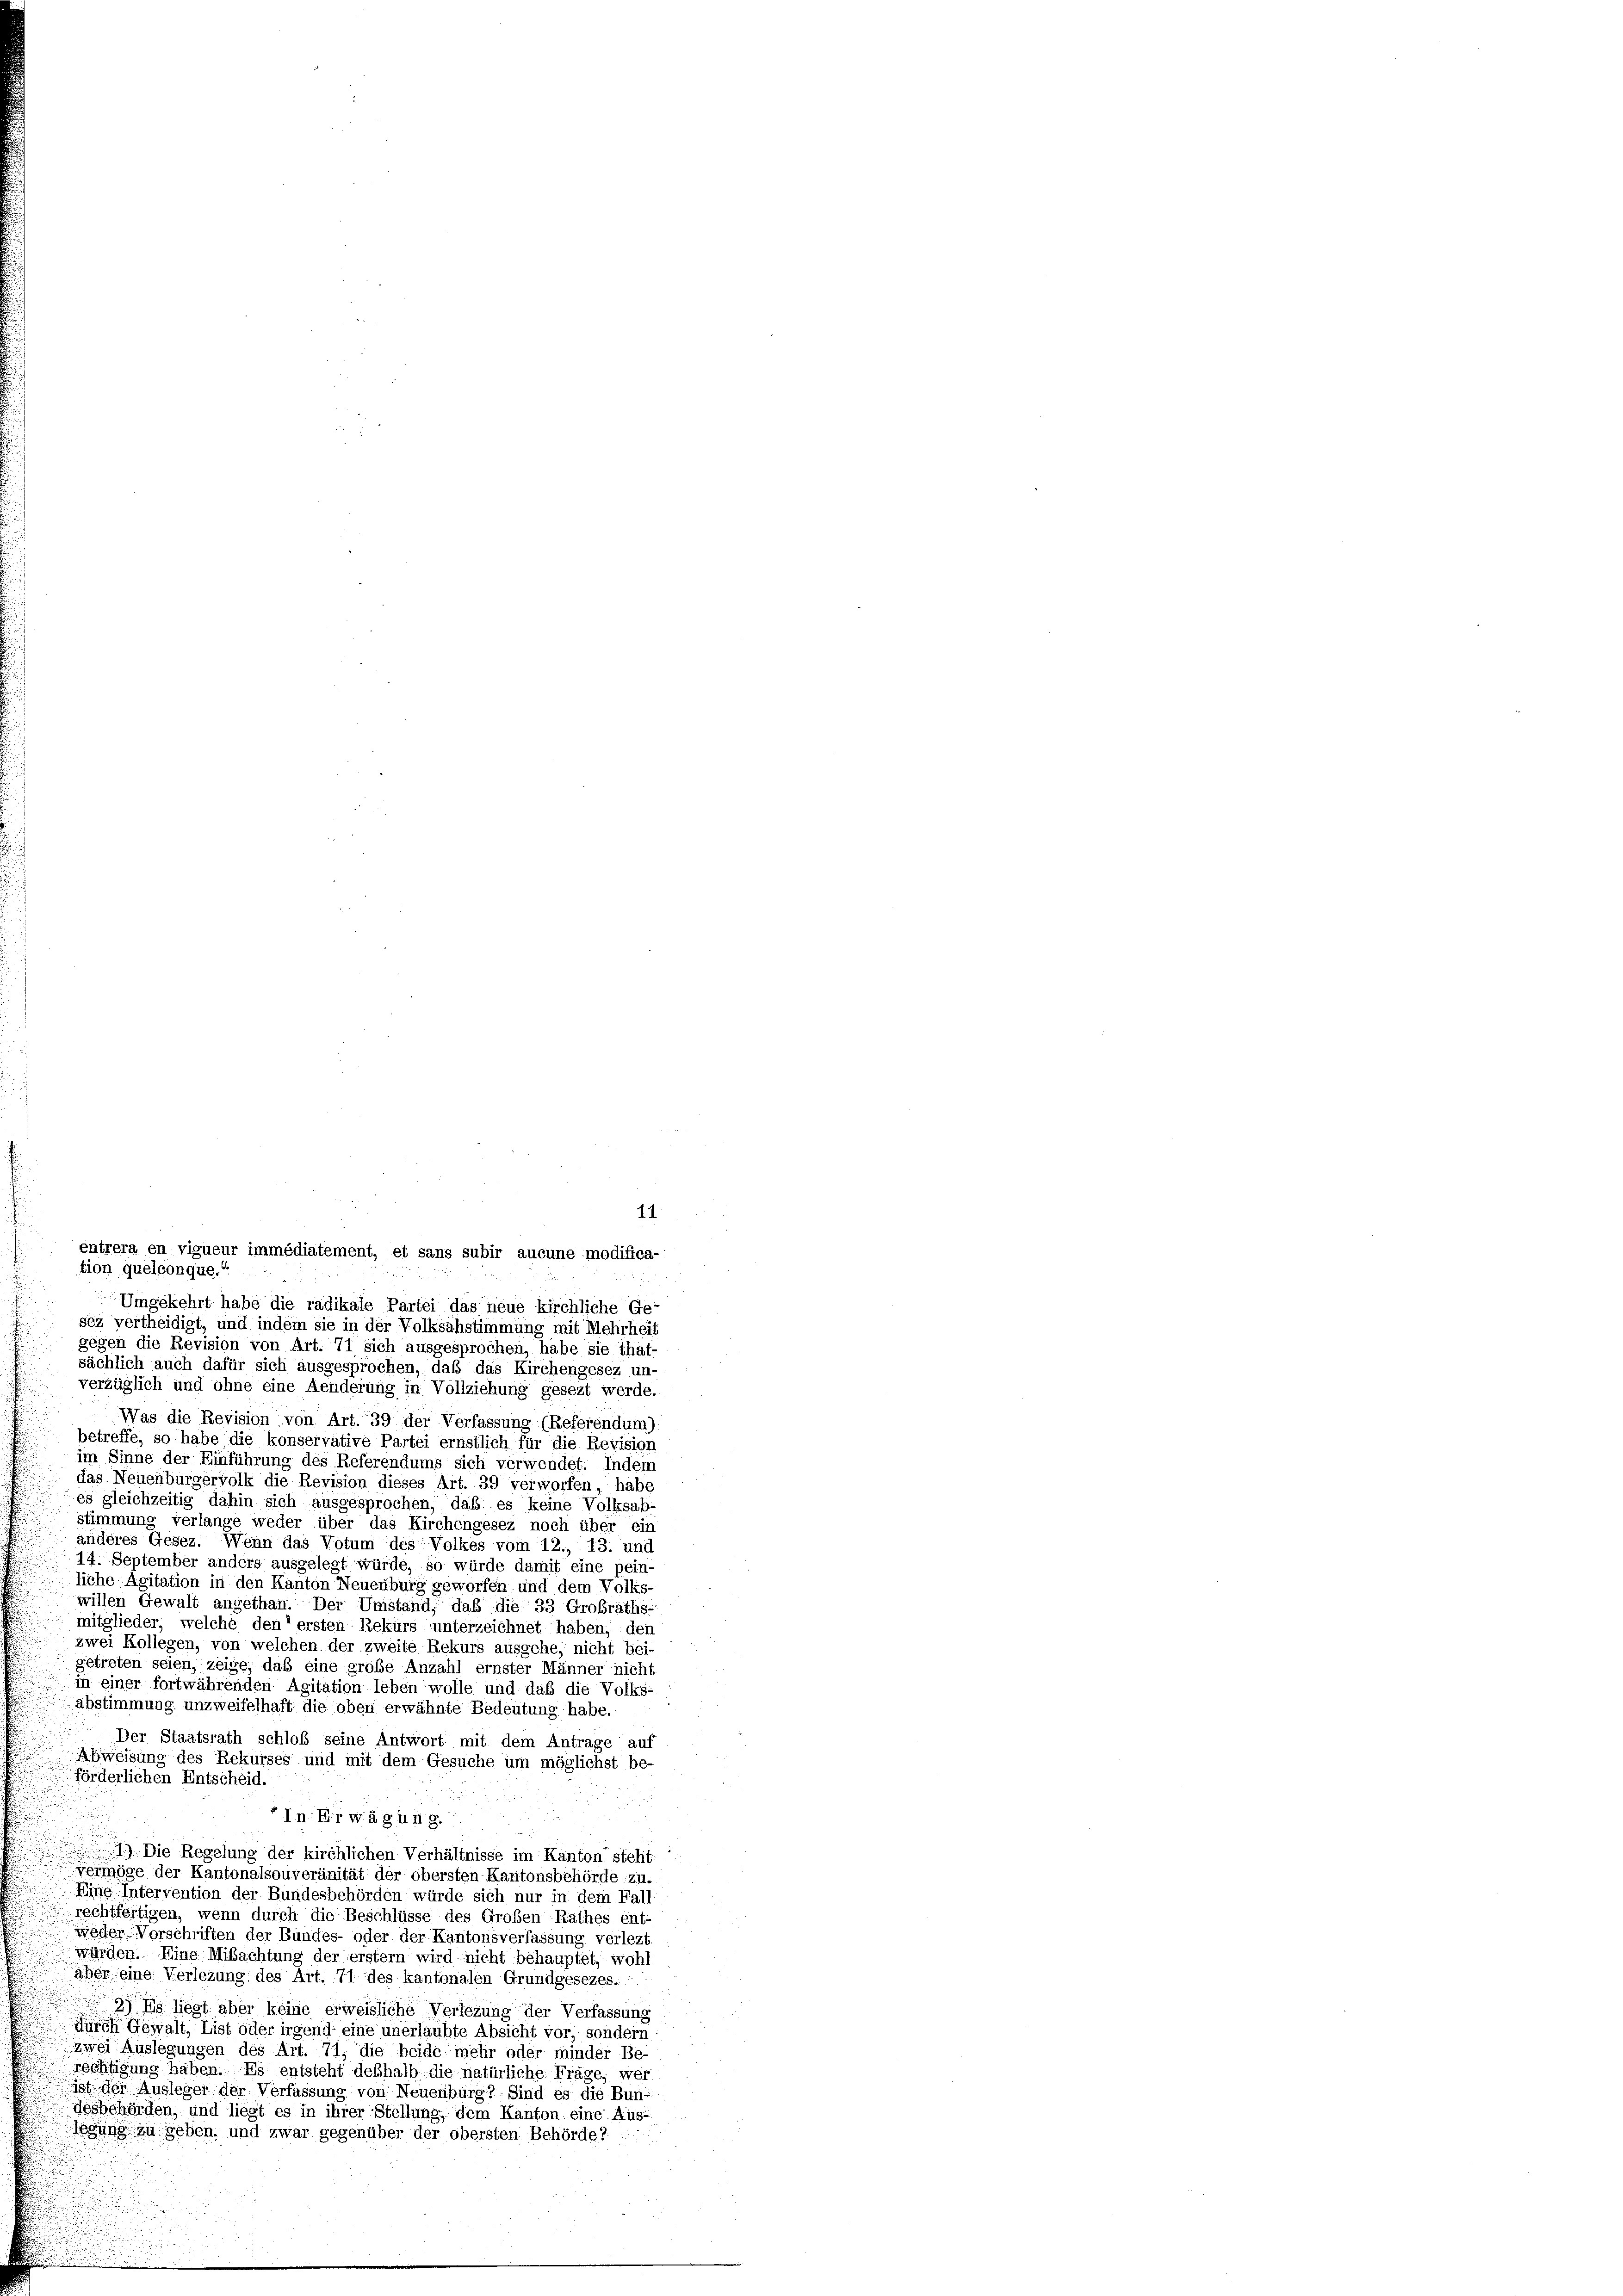
1.1
tion quelconque.“
.
Umgekehrt habe die radikale Partei das neue kirchliche Ge-
sez vertheidigt, und indem sie in der Volksahstimmung mit Mehrheit
gegen die Revision von Art. 71 sich ausgesprochen, habe sie that-
sächlich auch dafür sich ausgesprochen, daß das Kirchengesez un
verzüglich und ohne eine Aenderung in Vollziehung gesezt werde.
Was die Revision von Art. 39 der Verfassung (Referendum)
betreffe, so habe die konservative Partei ernstlich für die Revision
im Sinne der Einführung des Referendums sich verwendet. Indem
das Neuenburgervolk die Revision dieses Art. 39 verworfen, habe
es gleichzeitig dahin sich ausgesprochen, daß es keine Volksabstimmung verlange weder über das Kirchengesez noch über ein
anderes Gesez. Wenn das Votum des Volkes vom 12., 13. und
14. September anders ausgelegt würde, so würde damit eine pein-
liche Agitation in den Kanton Neuenburg geworfen und dem Volks-
willen Gewalt angethan. Der Umstand, daß die 33 Großraths-
mitglieder, welche den ersten Rekurs unterzeichnet haben, den
zwei Kollegen, von welchen der zweite Rekurs ausgehe, nicht bei-
getreten seien, zeige, daß eine grobe Anzahl ernster Männer nicht
in einer fortwährenden Agitation leben wolle und daß die Volks-
abstimmung unzweifelhaft die oben erwähnte Bedeutung habe.
Der Staatsrath schloß seine Antwort mit dem Antrage auf
Abweisung des Rekurses und mit dem Gesuche um möglichst be-
förderlichen Entscheid.
In Erwägung.
19 Die Regelung der kirchlichen Verhältnisse im Kanton steht
geiinöge der Kantonalsouveränität der obersten Kantonsbehörde zu.
Eine Intervention der Bundesbehörden würde sich nur in dem Fall
rechtfertigen, wenn durch die Beschlüsse des Großen Rathes ent-
weder-Vorschriften der Bundes- oder der Kantonsverfassung verlezt.
würden. Eine Mibachtung der erstem wird nicht behauptet, wohl
aher eine Verlegung des Art. 71 des kantonalen Grundgesezes.
2) Es liegt aber keine erweisliche Verlegung der Verfassung
 durch Gewalt, List oder irgend eine unerlaubte Absicht vor, sondern
zwei Auslegungen des Art. 71, die beide mehr oder minder Be-
rechtigung haben. Es entsteht deßhalb die natürliche Frage, wer
 ist den Ausleger der Verfassung von Neuenburg? Sind es die Bun-
Gesbehörden, und liegt es in ihrer Stellung, dem Kanton eine Aus-
igung zu geben, und zwar gegenüber der obersten Behörde?

entrera en vigueur immédiatement, et sans subir aucune modifica-